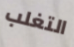
التغلب